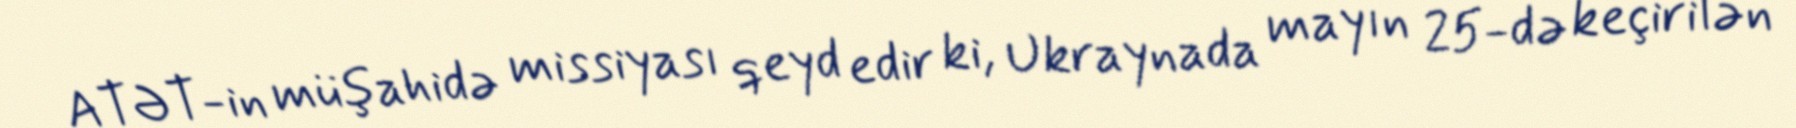
ATƏT-in müşahidə missiyası qeyd edir ki, Ukraynada mayın 25-də keçirilən